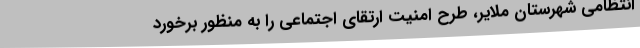
انتظامی شهرستان ملایر، طرح امنیت ارتقای اجتماعی را به منظور برخورد